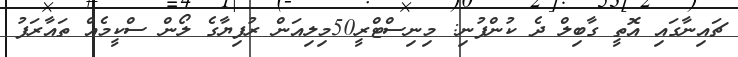
ޗައިނާގައި އޮތީ ގާބިލް ދެ ކުންފުނި: މިނިސްޓްރީ50މިލިއަން ރުފިޔާގެ ލޯން ސްކީމެއް ތައާރަފު